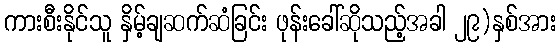
ကားစီးနိုင်သူ နှိမ့်ချဆက်ဆံခြင်း ဖုန်းခေါ်ဆိုသည့်အခါ ၂၉)နှစ်အား